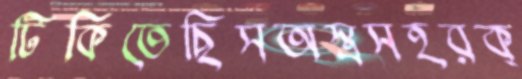
টিকিতেছিসঅস্ত্রসহরক্